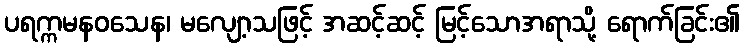
ပရက္ကမနဝသေန၊ မလျော့သဖြင့် အဆင့်ဆင့် မြင့်သောအရာသို့ ရောက်ခြင်း၏